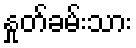
နှုတ်ခမ်းသား